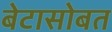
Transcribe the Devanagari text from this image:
बेटासोबत